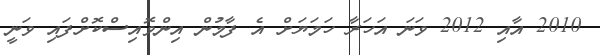
2010 އާއި 2012 ވަނަ އަހަރާ ހަމަޔަށް އެ ފާމުން އިންވޮއިސްކޮށްފައި ވަނީ